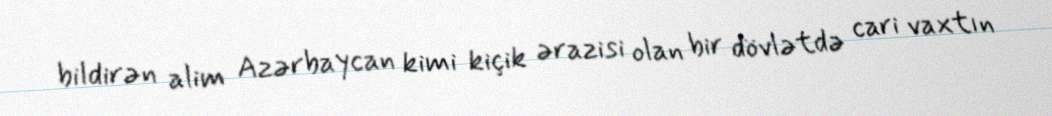
bildirən alim Azərbaycan kimi kiçik ərazisi olan bir dövlətdə cari vaxtın